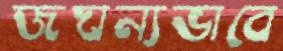
জঘন্যভাবে